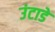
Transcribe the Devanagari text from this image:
उंटाडे